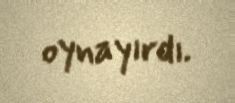
oynayırdı.